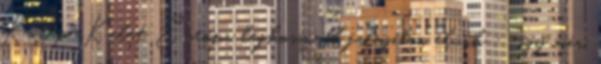
Közép-Kelet Európa leghosszabb falujában élünk : , így már